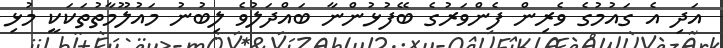
އަދި އެ ގައުމުގެ ވެރިން ފެންވަރުގެ ބޭފުޅުންނާ ބައްދަލުވެ ލިބުނު މައުލޫމާތުތަކަކީ މުޅި